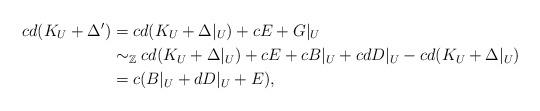
LaTeX: \begin{align*}cd(K_U +\Delta') & = cd(K_U +\Delta|_U ) +cE +G|_U \\ & \sim_{\mathbb Z} cd(K_U +\Delta|_U ) +cE + cB|_U +cdD|_U -cd(K_U +\Delta|_U)\\ & =c(B|_U +dD|_U +E), \end{align*}